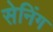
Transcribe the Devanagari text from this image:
सेनिंग